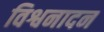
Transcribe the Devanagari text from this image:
विश्वनादन